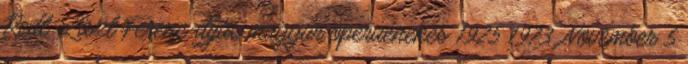
Redl Liszt Ferenc-díjas magyar operaénekes 1925 1973. November 5